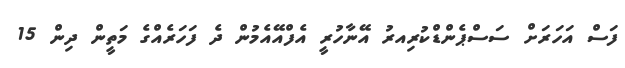
ފަސް އަހަރަށް ސަސްޕެންޑްކުރިއރު އޭނާހުރީ އެފްއޭއެމުން ދެ ފަހަރެއްގެ މަތީން ދިން 15